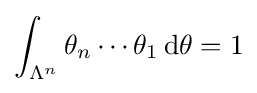
\int _{\Lambda ^{n}}\theta _{n}\cdots \theta _{1}\,\mathrm {d} \theta =1